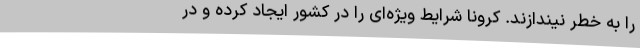
را به خطر نیندازند. کرونا شرایط ویژه‌ای را در کشور ایجاد کرده و در